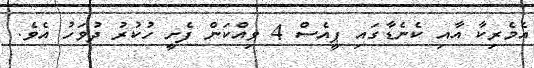
އެމެރިކާ އާއި ކެނެޑާގައި ޕީއެސް 4 ވިއްކަން ފެށީ ހުކުރު ދުވަހު އެވެ.